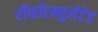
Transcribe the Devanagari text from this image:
रीफॉरम्युलेटेड